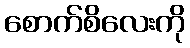
စောက်စိလေးကို